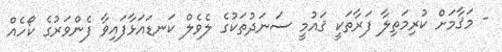
- މަޤާމަށް ކުރިމަތިލާ ފަރާތަކީ ޤައުމީ ސަނަދުތަކުގެ ލެވެލް ކަނޑައަޅާފައިވާ ފެންވަރުގެ ކޯހެއް